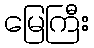
မြေကြီး